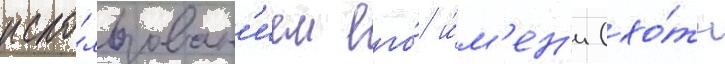
испо́льзован'ием его́ и́м'ен'и (хо́ть